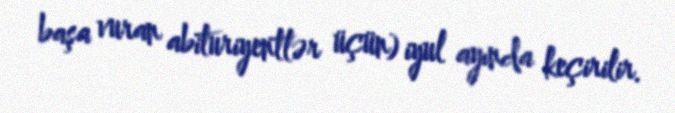
başa vuran abituriyentlər üçün) iyul ayında keçirilir.